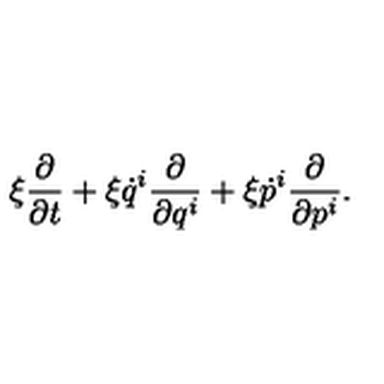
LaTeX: \xi \frac { \partial } { \partial t } + \xi \dot { q } ^ { i } \frac { \partial } { \partial q ^ { i } } + \xi \dot { p } ^ { i } \frac { \partial } { \partial p ^ { i } } .